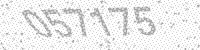
Solution: 057175